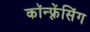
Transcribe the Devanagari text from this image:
कॉन्फ़्रेंसिंग